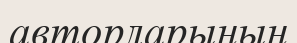
авторларынын